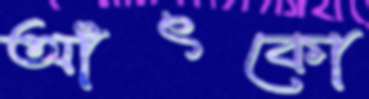
আঁৎকো